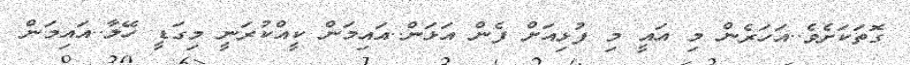
ގޮތަކަށެވެ..އަހަރެން މި އައީ މި ފުޅިއަށް ފެން އަޅަން..އައިމަން ކީއްކުރަނީ މިގަޑީ ހޭލާ..އައިމަން